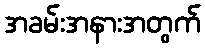
အခမ်းအနားအတွက်